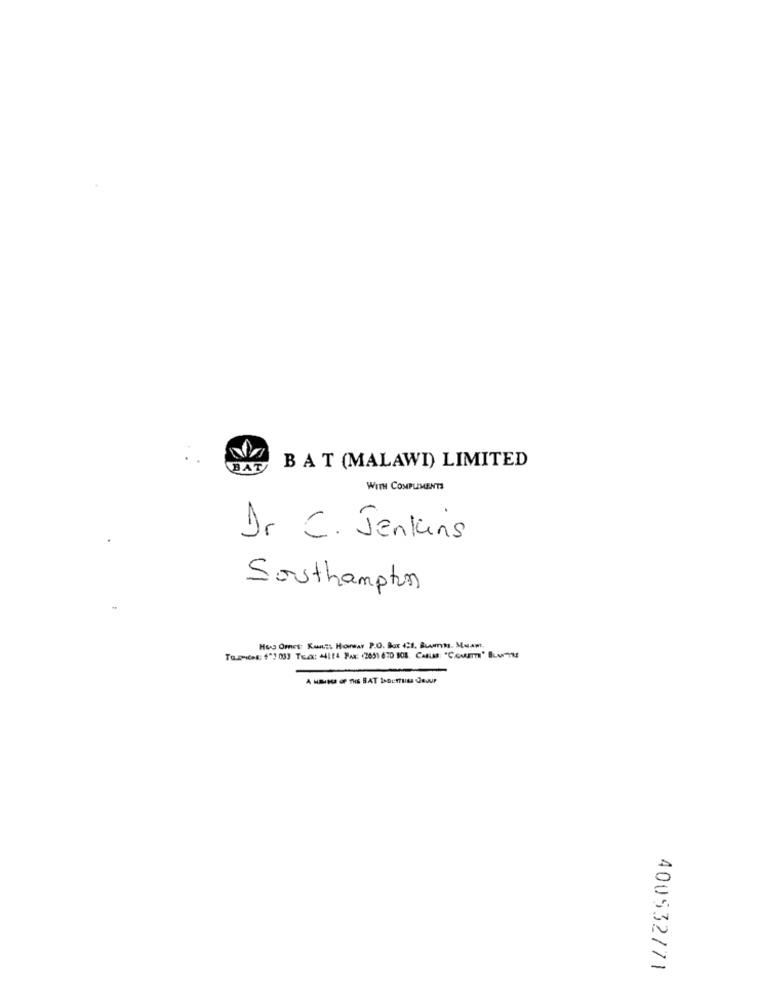
BAT
BAT (MALAWI) LIMITED
WITH COMPLIMENTS
Dr C. Jenkins
Southampton
Hu Omes: Kunst Horar P.O. Box 21, Bummss. Muam,
400532771